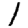
Digit: 1